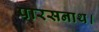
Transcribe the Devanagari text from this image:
पारसनाथ।